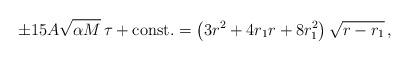
LaTeX: \begin{align*}\pm 15A\sqrt{\alpha M}\,\tau+{\rm const.} =\left(3r^2+{4r_1}r+8r_1^2\right)\sqrt{r-{r_1}}\, , \\\end{align*}